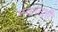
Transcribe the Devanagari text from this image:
नवाज़ती